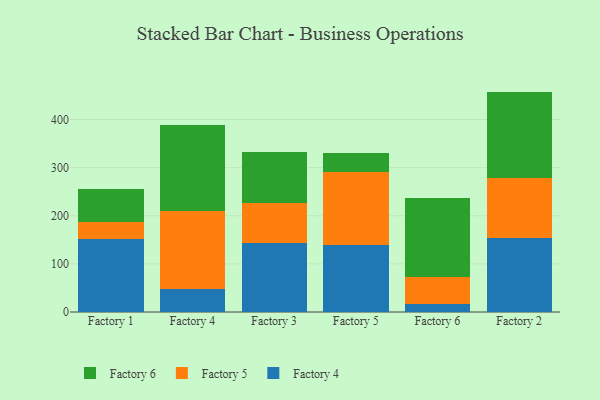
{"axis": {"x": "Factory", "y": "Energy Usage (MWh)"}, "legend": ["Factory 4", "Factory 5", "Factory 6"], "data": [{"x": "Factory 1", "y": 151.7, "type": "Factory 4"}, {"x": "Factory 1", "y": 35.1, "type": "Factory 5"}, {"x": "Factory 1", "y": 68.3, "type": "Factory 6"}, {"x": "Factory 4", "y": 48.4, "type": "Factory 4"}, {"x": "Factory 4", "y": 161.1, "type": "Factory 5"}, {"x": "Factory 4", "y": 178.3, "type": "Factory 6"}, {"x": "Factory 3", "y": 143.9, "type": "Factory 4"}, {"x": "Factory 3", "y": 83.4, "type": "Factory 5"}, {"x": "Factory 3", "y": 105.6, "type": "Factory 6"}, {"x": "Factory 5", "y": 139.8, "type": "Factory 4"}, {"x": "Factory 5", "y": 150.8, "type": "Factory 5"}, {"x": "Factory 5", "y": 39.2, "type": "Factory 6"}, {"x": "Factory 6", "y": 17.5, "type": "Factory 4"}, {"x": "Factory 6", "y": 54.5, "type": "Factory 5"}, {"x": "Factory 6", "y": 165.3, "type": "Factory 6"}, {"x": "Factory 2", "y": 153.8, "type": "Factory 4"}, {"x": "Factory 2", "y": 125.5, "type": "Factory 5"}, {"x": "Factory 2", "y": 178.6, "type": "Factory 6"}]}